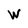
Character: W